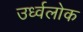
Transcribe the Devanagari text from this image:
उर्ध्वलोक